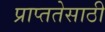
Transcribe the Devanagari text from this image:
प्राप्ततेसाठी